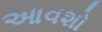
આવશો